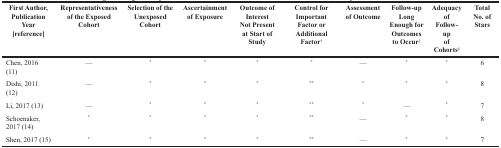
| First Author,Publication Year[reference] | Representativenessof the Exposed Cohort | Selection of the UnexposedCohort | Ascertainmentof Exposure | Outcome of InterestNot Presentat Start of Study | Control forImportant Factor or Additional Factor† | Assessment of Outcome | Follow-upLong Enough for Outcomesto Occur‡ | Adequacy ofFollow-upof Cohorts§ | Total No. of Stars |
 | --- | --- | --- | --- | --- | --- | --- | --- | --- | --- |
 | Chen, 2016 (11) | — | * | * | * | * | — | * | * | 6 |
 | Dishi, 2011 (12) | — | * | * | * | ** | * | * | * | 8 |
 | Li, 2017 (13) | — | * | * | * | ** | * | — | * | 7 |
 | Schoenaker, 2017 (14) | * | * | * | * | ** | — | * | * | 8 |
 | Shen, 2017 (15) | * | * | * | * | ** | — | * | * | 7 |